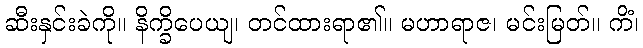
ဆီးနှင်းခဲကို။ နိက္ခိပေယျ၊ တင်ထားရာ၏။ မဟာရာဇ၊ မင်းမြတ်။ ကိံ၊